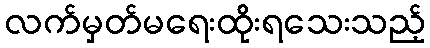
လက်မှတ်မရေးထိုးရသေးသည့်